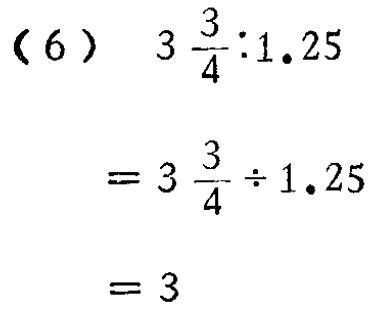
\[(6)\ 3\frac{3}{4}:1.25\\

=3\frac{3}{4}\div1.25\\

=3\]